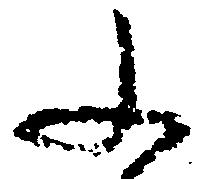
ふ